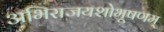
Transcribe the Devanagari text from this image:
अभिराजयशोभूषणम्